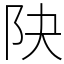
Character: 䦼